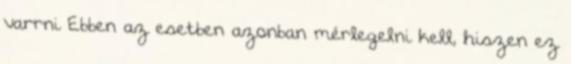
varrni Ebben az esetben azonban mérlegelni kell, hiszen ez